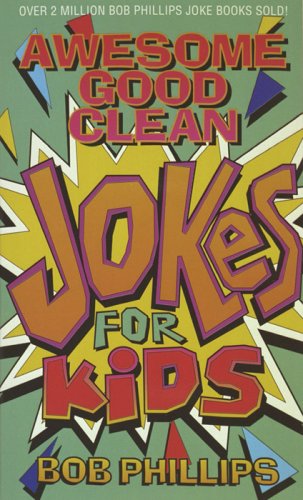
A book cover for Awesome Good Clean Jokes for Kids; Bob Phillips; Children's Books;